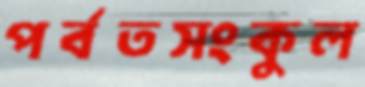
পর্বতসংকুল